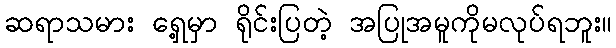
ဆရာသမား ရှေ့မှာ ရိုင်းပြတဲ့ အပြုအမူကိုမလုပ်ရဘူး။